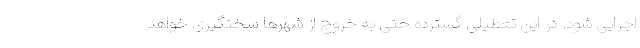
اجرایی شود. در این تعطیلی گسترده حتی به خروج از شهرها سختگیری خواهد